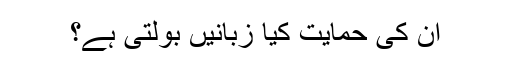
ان کی حمایت کیا زبانیں بولتی ہے؟